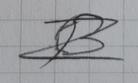
Signature authenticity: forged